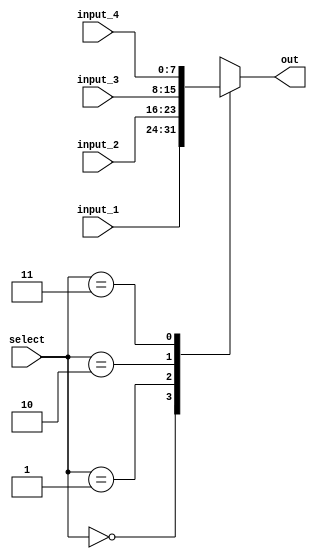
module MUX_4bit (
    select,
    input_1,
    input_2,
    input_3,
    input_4,
    out
);
    input wire [1:0]select;
    input wire [7:0]input_1;
    input wire [7:0]input_2;
    input wire [7:0]input_3;
    input wire [7:0]input_4;
    output reg [7:0]out;
    

    always @(*) begin
        case(select)
            2'b00: out <= input_1;
            2'b01: out <= input_2;
            2'b10: out <= input_3;
            2'b11: out <= input_4;
        endcase
    end

endmodule